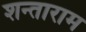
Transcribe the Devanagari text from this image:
शन्ताराम